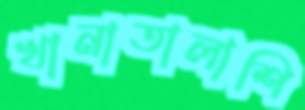
খানাতালাশি